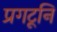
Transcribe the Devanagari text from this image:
प्रगटूनि